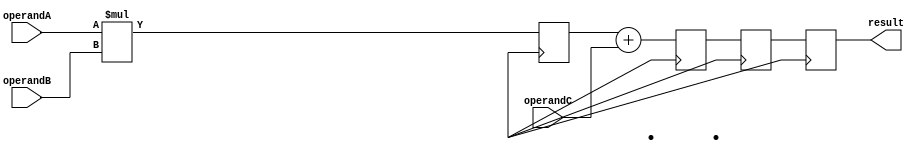
module fused_multiply_add_unit (
    input [31:0] operandA,
    input [31:0] operandB,
    input [31:0] operandC,
    output reg [31:0] result
);

reg [31:0] intermediate_result1;
reg [31:0] intermediate_result2;

// Multiplier
reg [31:0] multiplier_output;
always @(posedge clk) begin
    multiplier_output <= operandA * operandB;
end

// Adder
reg [31:0] adder_output;
always @(posedge clk) begin
    adder_output <= multiplier_output + operandC;
end

// Register file
always @(posedge clk) begin
    intermediate_result1 <= multiplier_output;
    intermediate_result2 <= adder_output;
end

// Control logic
always @(posedge clk) begin
    result <= intermediate_result2;
end

endmodule